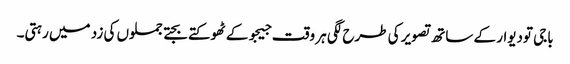
باجی تودیوار کے ساتھ تصویر کی طرح لگی ہر وقت جیجو کے ٹھوکتے بجتے جملوں کی زد میں رہتی۔